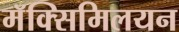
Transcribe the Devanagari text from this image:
मॅक्सिमिलयन